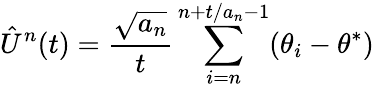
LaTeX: {\hat{U}}^{n}(t)={\frac{\sqrt{a_{n}}}{t}}\sum_{i=n}^{n+t/a_{n}-1}(\theta_{i}-\theta^{*})